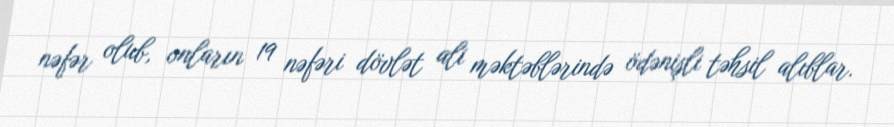
nəfər olub, onların 19 nəfəri dövlət ali məktəblərində ödənişli təhsil alıblar.